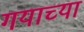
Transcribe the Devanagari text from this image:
गयाच्या